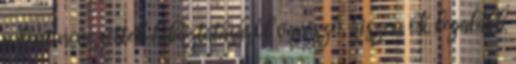
a fent nevezettek hibáztatásáról van szó, hiszen ők legalább